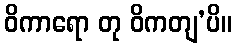
ဝိကာရော တု ဝိကတျ’ပိ။